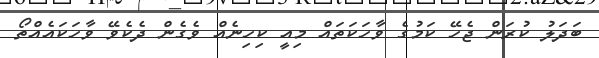
ބަދަލު ކުރަން ޖެހޭ ކަމުގެ ވާހަކަތައް މިއީ ކިހިނެއް ވެގެން ދެކެވޭ ވާހަކައެއްތޯ